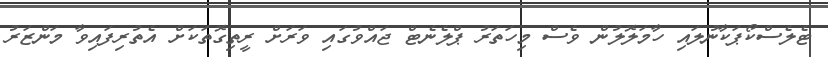
ޓެލެސްކޯޕަކާނުލައި ހާމަލޮލުން ވެސް މިހަތަރު ޕްލެނެޓް ޖައްވުގައި ވަރަށް ރީތިގޮތަކަށް އެތުރިފައިވާ މަންޒަރު